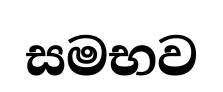
සමභව